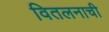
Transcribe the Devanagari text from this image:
वितलनाची